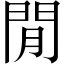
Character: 閒